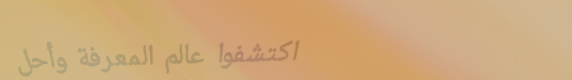
اكتشفوا عالم المعرفة وأحل